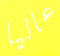
عاليا